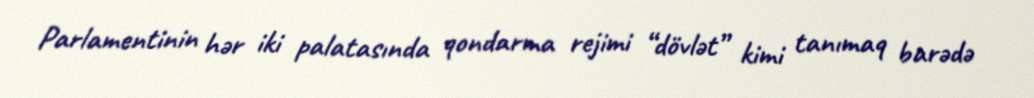
Parlamentinin hər iki palatasında qondarma rejimi “dövlət” kimi tanımaq barədə